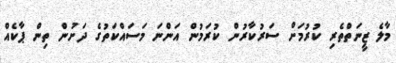
މާލެ ޒީނަތްތެރި ކުރުމަށް ސަރުކާރުން ކުރަމުން އަންނަ މަސައްކަތުގެ ދަށުން ތިން ޕާކެއް